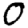
Digit: 0